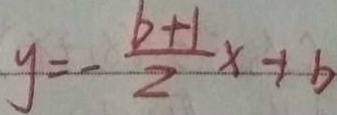
y = - \frac { b + 1 } { 2 } x + b